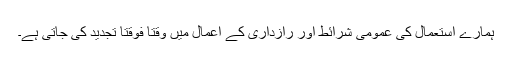
ہمارے استعمال کی عمومی شرائط اور رازداری کے اعمال میں وقتا فوقتا تجدید کی جاتی ہے۔